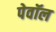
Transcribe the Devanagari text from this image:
पेवॉल